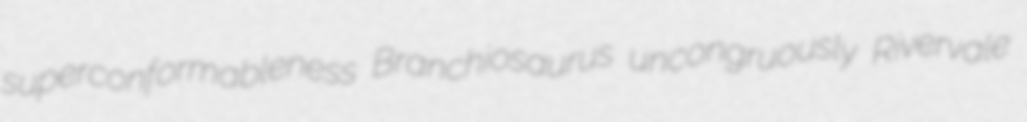
superconformableness Branchiosaurus uncongruously Rivervale